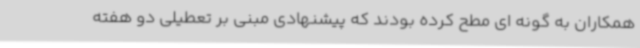
همکاران به گونه ای مطح کرده بودند که پیشنهادی مبنی بر تعطیلی دو هفته